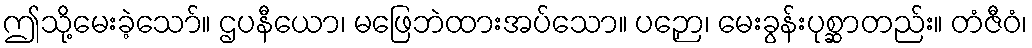
ဤသို့မေးခဲ့သော်။ ဌပနီယော၊ မဖြေဘဲထားအပ်သော။ ပဉှော၊ မေးခွန်းပုစ္ဆာတည်း။ တံဇီဝံ၊